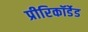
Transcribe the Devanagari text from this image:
प्रीरिकॉर्डेड